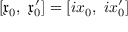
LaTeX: [ { \mathfrak { x } } _ { 0 } , \ { \mathfrak { x } } _ { 0 } ^ { \prime } ] = \left[ i x _ { 0 } , \ i x _ { 0 } ^ { \prime } \right]